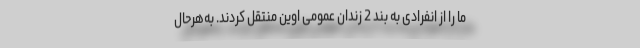
ما را از انفرادی به بند 2 زندان عمومی اوین منتقل كردند. به‌هر‌حال